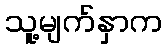
သူ့မျက်နှာက